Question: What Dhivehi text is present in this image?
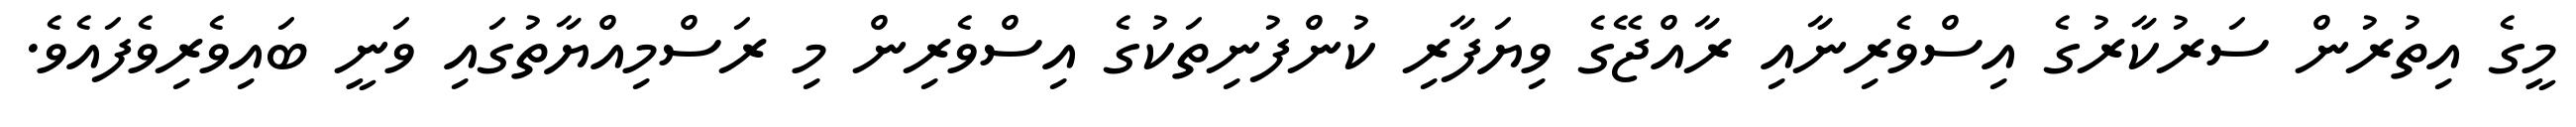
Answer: މީގެ އިތުރުން ސަރުކާރުގެ އިސްވެރިނާއި ރާއްޖޭގެ ވިޔަފާރި ކުންފުނިތަކުގެ އިސްވެރިން މި ރަސްމިއްޔާތުގައި ވަނީ ބައިވެރިވެފައެވެ.